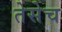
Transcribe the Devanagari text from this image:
तेसेच